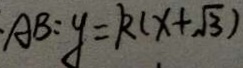
\cdot A B : y = k ( x + \sqrt { 3 } )